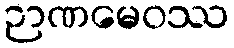
ဉာဏမေဝဿ